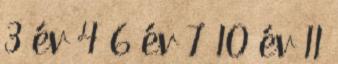
3 év 4 6 év 7 10 év 11